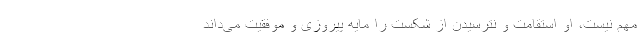
مهم نیست، او استقامت و نترسیدن از شکست را مایه پیروزی و موفقیت می‌داند